Medical and sanitary report of the native army of Bengal for the year
Year: 1875
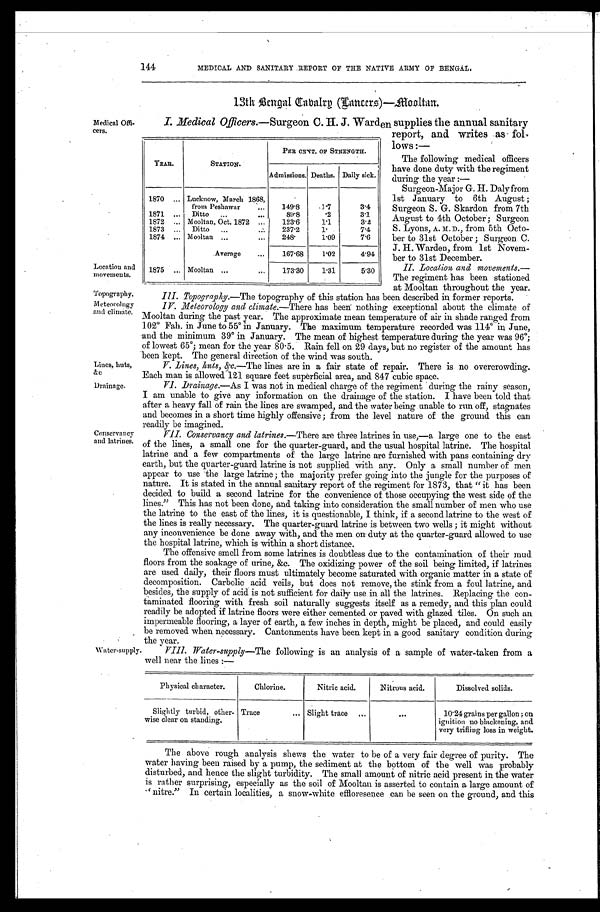
The following medical officers
have done duty with the regiment
during the year :
—
Surgeon-Major G. H. Daly from
1st January to 6th August ;
Surgeon S. G. Skardon from 7th
August to 4th October ; Surgeon
S. Lyons, A. M. D., from 5th Octo-
ber to 31st October ; Surgeon C.
J. H. Warden, from 1st Novem-
ber to 31st December.
II. Location and movements.—
The regiment has been stationed
at Mooltan throughout the year.
Topography,
Meteorology
and climate.
Lines, huts,
&c
Drainage.
144 MEDICAL AND SANITARY REPORT OF THE NATIVE ARMY OF BENGAL.
13th Bengal Cabalrg (Lanccrs)—Mooltan.
Medical Off-cers.
I. Medical Officers. —Surgeon C. H. J. Warden supplies the annual sanitary
report, and writes as fol
lows:—
Location and
movements.
YEAR.
STATION.
PER CENT. OF STRENGTH.
Admissions. Deaths. Daily sick.
1870 . . . Lucknow, March 1868,
from Peshawar . . .
149.8
1 . 7
3.4
1871 . . .
Ditto . . .
89.8
. 2
3.1
1872 . . . Mooltan, Oct. 1872 . . .
123.6
1.1
3.2
1873 . . .
Ditto . . .
237.2
1.
7.4
1874 . . . Mooltan . . .
248.
1.09
7.6
Average . . .
167.68
1 . 0 2
4.94
1875 . . . Mooltan . . .
173.30
1.31
5.30
Conservancy
and latrines.
Topography.—The topography of this station has been described in former reports.
IV. Meteorology and climate.— There has been nothing exceptional about the climate of
Mooltan during the past year. The approximate mean temperature of air in shade ranged from
102° Fah. in June to 55° in January. The maximum temperature recorded was 114° in June,
and the minimum 39° in January. The mean of highest temperature during the year was 96°;
of lowest 65°; mean for the year 80.5. Rain fell on 29 days, but no register of the amount has
been kept. The general direction of the wind was south.
Lines, huts, &c.—The lines are in a fair state of repair. There is no overcrowding.
Each man is allowed 121 square feet superficial area, and 847 cubic space.
VI. Drainage.—As I was not in medical charge of the regiment during the rainy season,
I am unable to give any information on the drainage of the station. I have been told that
after a heavy fall of rain the lines are swamped, and the water being unable to run off, stagnates
and becomes in a short time highly offensive; from the level nature of the ground this can
readily be imagined.
VII. Conservancy and latrines.—There are three latrines in use,—a large one to the east
of the lines, a small one for the quarter-guard, and the usual hospital latrine. The hospital
latrine and a few compartments of the large latrine are furnished with pans containing dry
earth, but the quarter-guard latrine is not supplied with any. Only a small number of men
appear to use the large latrine; the majority prefer going into the jungle for the purposes of
nature. It is stated in the annual sanitary report of the regiment for 1873, that "it has been
decided to build a second latrine for the convenience of those occupying the west side of the
lines." This has not been clone, and taking into consideration the small number of men who use
the latrine to the east of the lines, it is questionable, I think, if a second latrine to the west of
the lines is really necessary. The quarter-guard latrine is between two wells ; it might without
any inconvenience be clone away with, and the men on duty at the quarter-guard allowed to use
the hospital latrine, which is within a short distance.
The offensive smell from some latrines is doubtless due to the contamination of their mud
floors from the soakage of urine, &c. The oxidizing power of the soil being limited, if latrines
are used daily, their floors must ultimately become saturated with organic matter in a state of
decomposition. Carbolic acid veils, but does not remove, the stink from a foul latrine, and
besides, the supply of acid is not sufficient for daily use in all the latrines. Replacing the con
-
taminated flooring with fresh soil naturally suggests itself as a remedy, and this plan could
readily be adopted if latrine floors were either cemented or paved with glazed tiles. On such an
impermeable flooring, a layer of earth, a few inches in depth, might be placed, and could easily
be removed when necessary. Cantonments have been kept in a good sanitary condition during
the year.
Water-supply
V111. Water-supply—The following is an analysis of a sample of water-taken from a
well near the lines :—
Physical character.
Chlorine.
Nitric acid.
Nitrous acid.
Dissolved solids.
Slightly turbid, other-
wise clear on standing.
Trace . . .
Slight trace . . .
. . .
10.24 grains per gallon ; on
ignition no blackening, and
very trifling loss in weight.
The above rough analysis shews the water to be of a very fair degree of purity. The
Water having been raised by a pump, the sediment at the bottom of the well was probably
disturbed, and hence the slight turbidity. The small amount of nitric acid present in the water
is rather surprising, especially as the soil of Mooltan is asserted to contain a large amount of
"nitre." In certain localities, a snow-white effloresence can be seen on the ground, and this